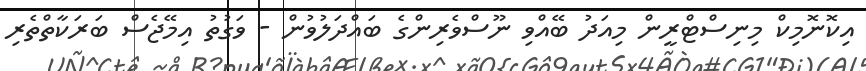
އިކޮނޮމިކް މިނިސްޓްރީން މިއަދު ބޭއްވި ނޫސްވެރިންގެ ބައްދަލުވުން - ވަގުތު އިމޭޖެސް ބަރަކާތްތެރި